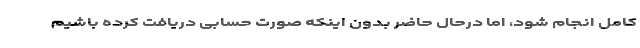
کامل انجام شود، اما درحال حاضر بدون اینکه صورت حسابی دریافت کرده باشیم